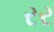
રર